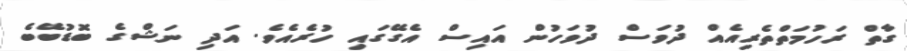
ގާތް ރަހުމަތްތެރިއެއް ދުވަސް ދުވަހުން އައިސް އެގޭގައި ހުރެއެވެ. އަދި ނަޝްގެ ބޮޑުބޭބެ